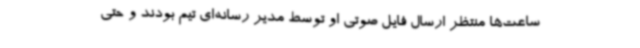
ساعت‌ها منتظر ارسال فایل صوتی او توسط مدیر رسانه‌ای تیم بودند و حتی